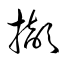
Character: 擷